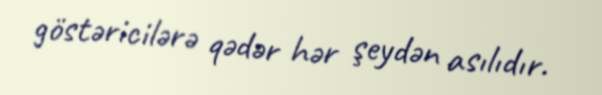
göstəricilərə qədər hər şeydən asılıdır.